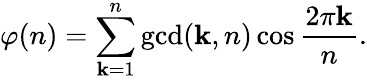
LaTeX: \varphi(n)=\sum_{\mathbf{k}=1}^{n}\operatorname*{gcd}(\mathbf{k},n)\cos{\frac{{2\pi\mathbf{k}}}{{n}}}.